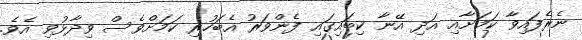
ނެރެފައިވާ ކަމަށާއި އަދި އޭނާ ކިބައިގައި ފެންވަރު އެބަހުރި ކަމަށްވެސް ވިދާޅުވި އެވެ.